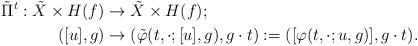
LaTeX: \begin{align*}\tilde{\Pi}^t:\tilde{X}\times H(f)&\rightarrow \tilde{X}\times H(f);\\([u],g)&\rightarrow (\tilde{\varphi}(t,\cdot;[u],g),g\cdot t):=([\varphi(t,\cdot;u,g)],g\cdot t).\end{align*}